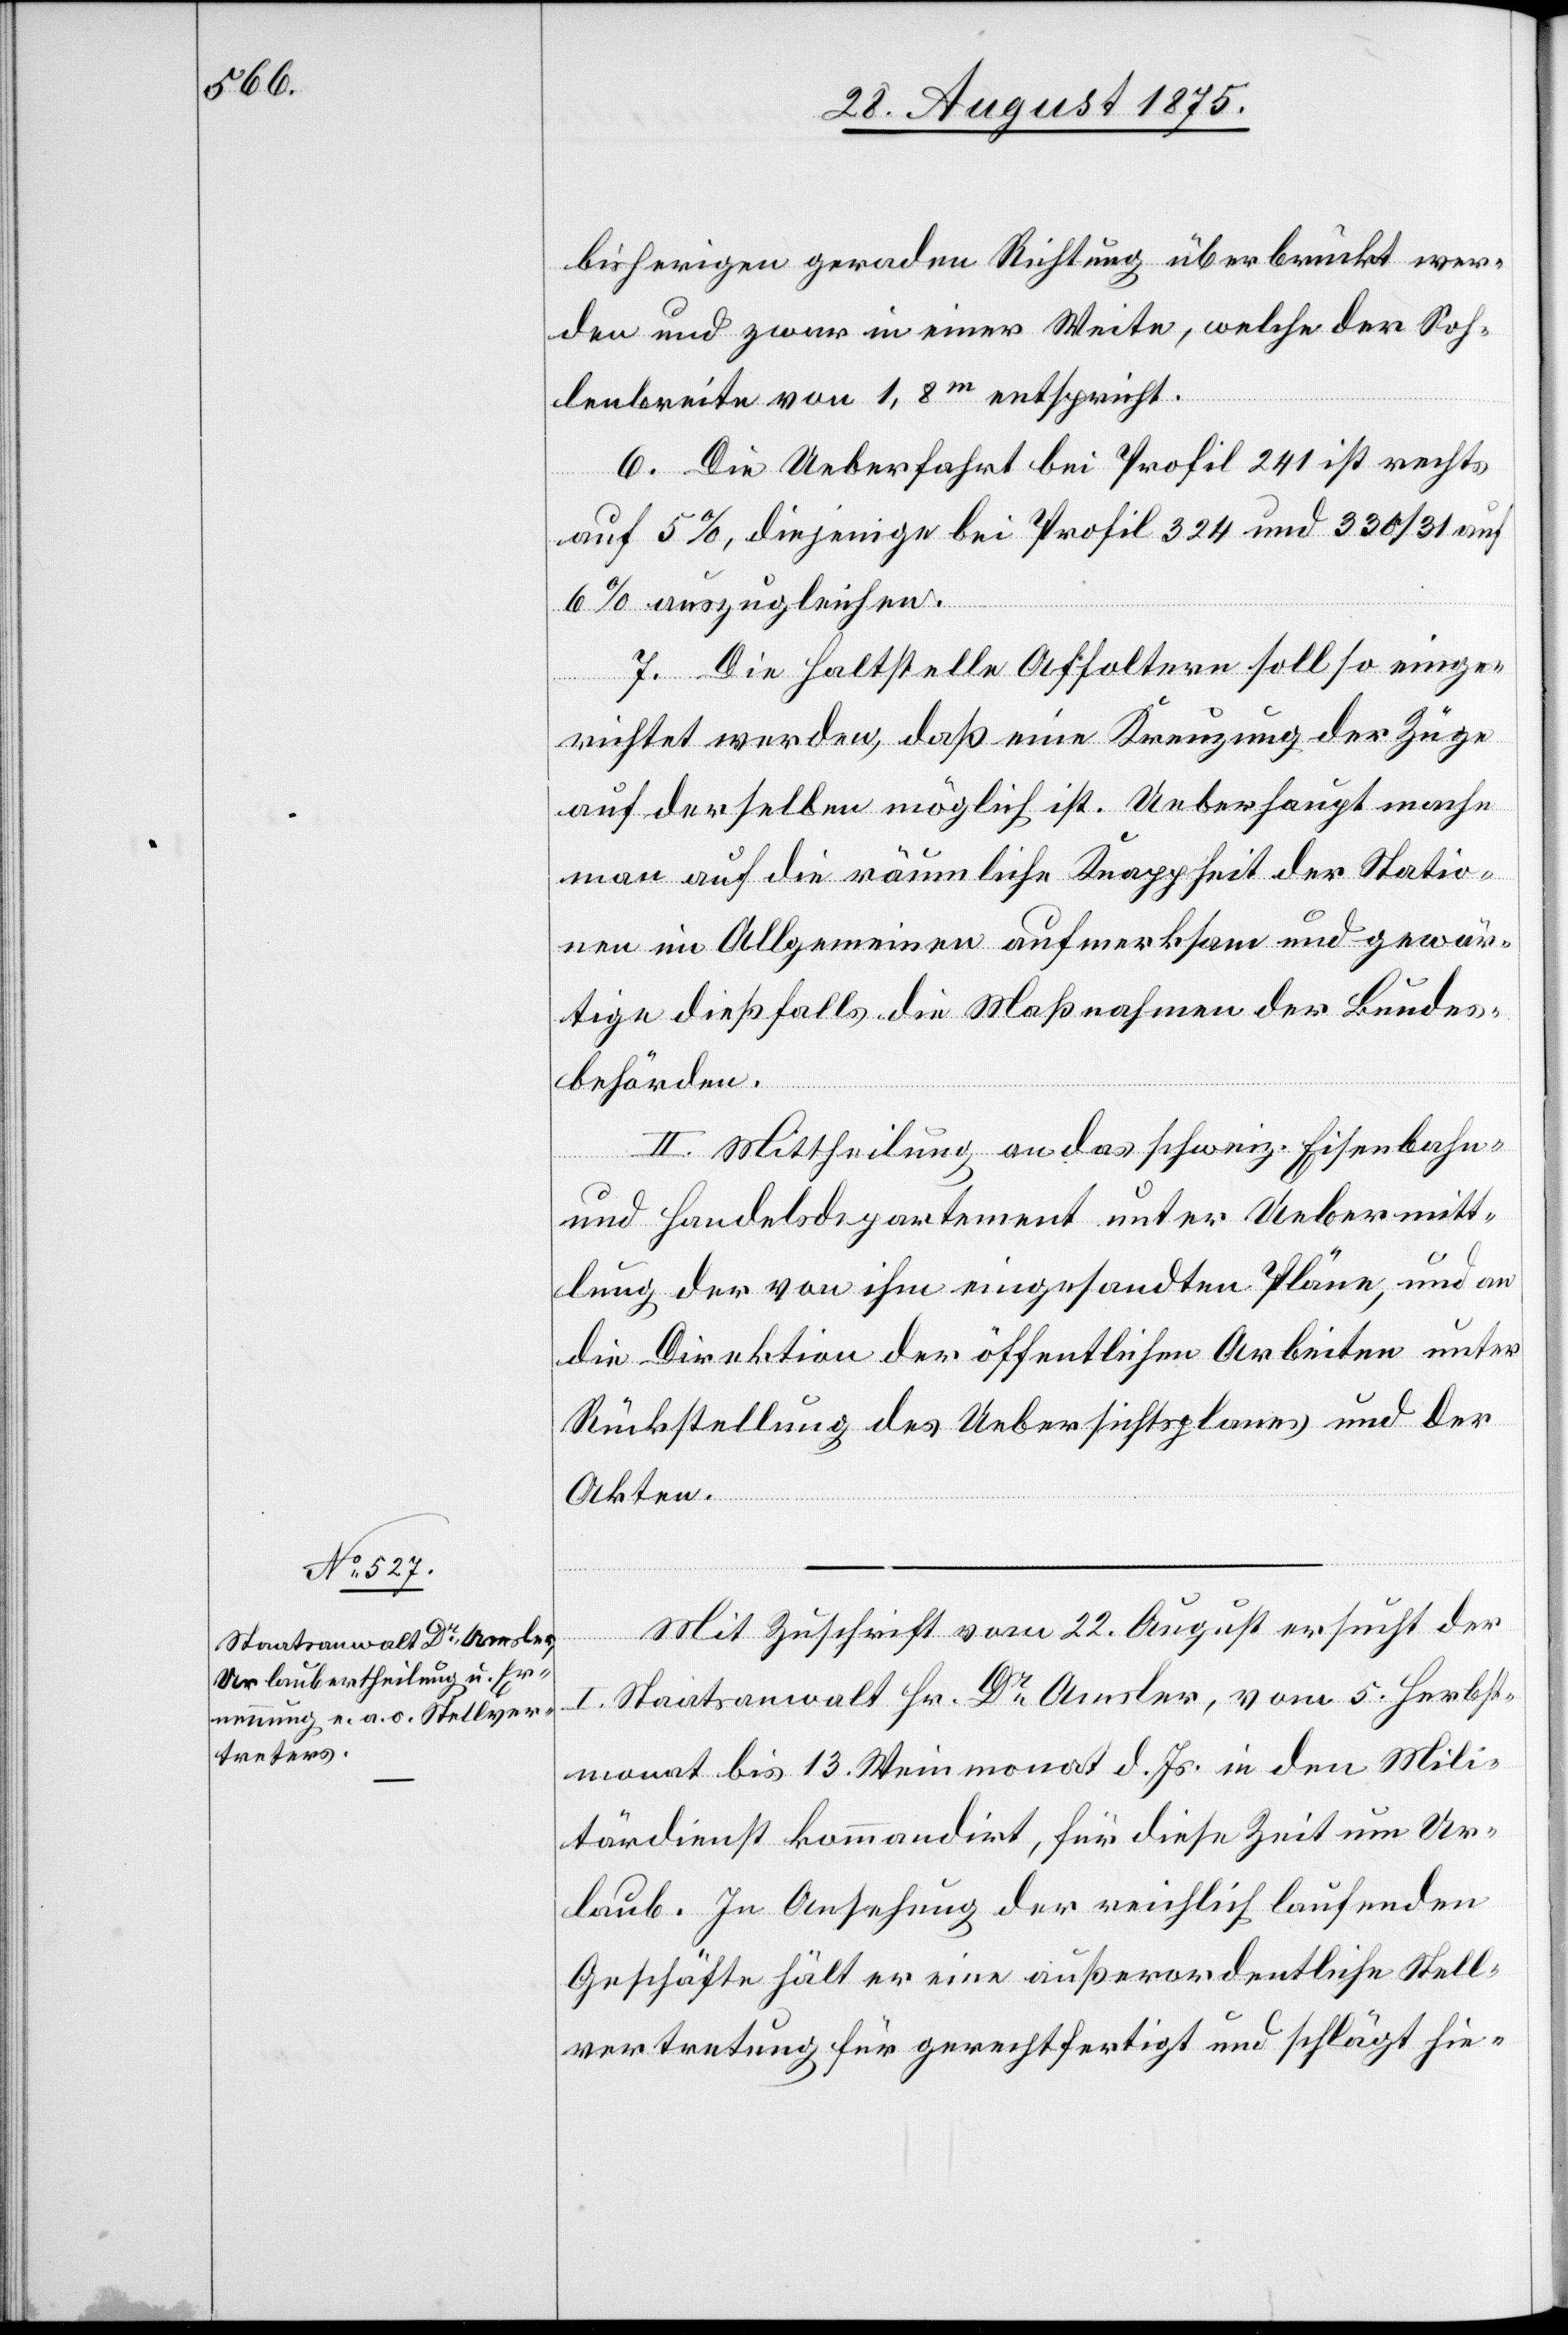
bisherigen geraden Richtung überbrückt wer¬
den und zwar in einer Weite, welche der Soh¬
lenbreite von 1,8m entspricht.
6. Die Ueberfahrt bei Profil 241 ist rechts
auf 5%, diejenige bei Profil 324 und 330/31 auf
6% auszugleichen.
7. Die Haltstelle Affoltern soll so einge¬
richtet werden, daß eine Kreuzung der Züge
auf derselben möglich ist. Ueberhaupt mache
man auf die räumliche Knappheit der Statio¬
nen im Allgemeinen aufmerksam und gewär¬
tige dießfalls die Maßnahmen der Landes¬
behörden.
II. Mittheilung an das schweiz. Eisenbahn-
und Handelsdepartement unter Uebermitt¬
lung der von ihm eingesandten Pläne, und an
die Direktion der öffentlichen Arbeiten unter
Rückstellung des Uebersichtsplanes und der
Akten.
Mit Zuschrift vom 22. August ersucht der
I. Staatsanwalt Hr. Dr Amsler, vom 5. Herbst¬
monat bis 13. Weinmonat d. Js. in den Mili¬
tärdienst kommandirt, für diese Zeit um Ur¬
laub. In Ansehung der reichlich laufenden
Geschäfte hält er eine außerordentliche Stell¬
vertretung für gerechtfertigt und schlägt hie-